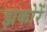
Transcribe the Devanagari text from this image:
झकोरें